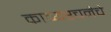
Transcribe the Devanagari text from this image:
काव्यरचनेचे